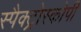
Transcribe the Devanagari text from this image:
स्पैक्ट्रोस्कोपी